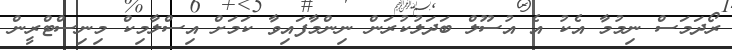
ރޯދަމަސް ނިމުމާ އެކު އެ އުސޫލް ބަދަލުކުރަން ނިންމާފައިވާ ކަމަށް އިސްލާމިކް މިނިސްޓްރީން